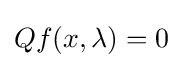
Qf(x,\lambda )=0